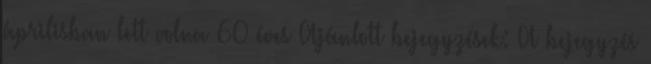
áprilisban lett volna 60 éves Ajánlott bejegyzések: A bejegyzés